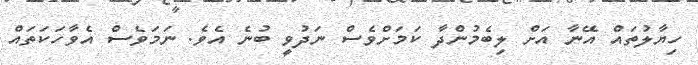
ހިޔާލުތައް އޭނާ އަށް ލިބެމުންދާ ކަމަށްވެސް ނަދުވީ ބުނެ އެވެ. ނަމަވެސް އެވާހަކަތައް